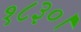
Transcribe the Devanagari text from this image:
१८३०।